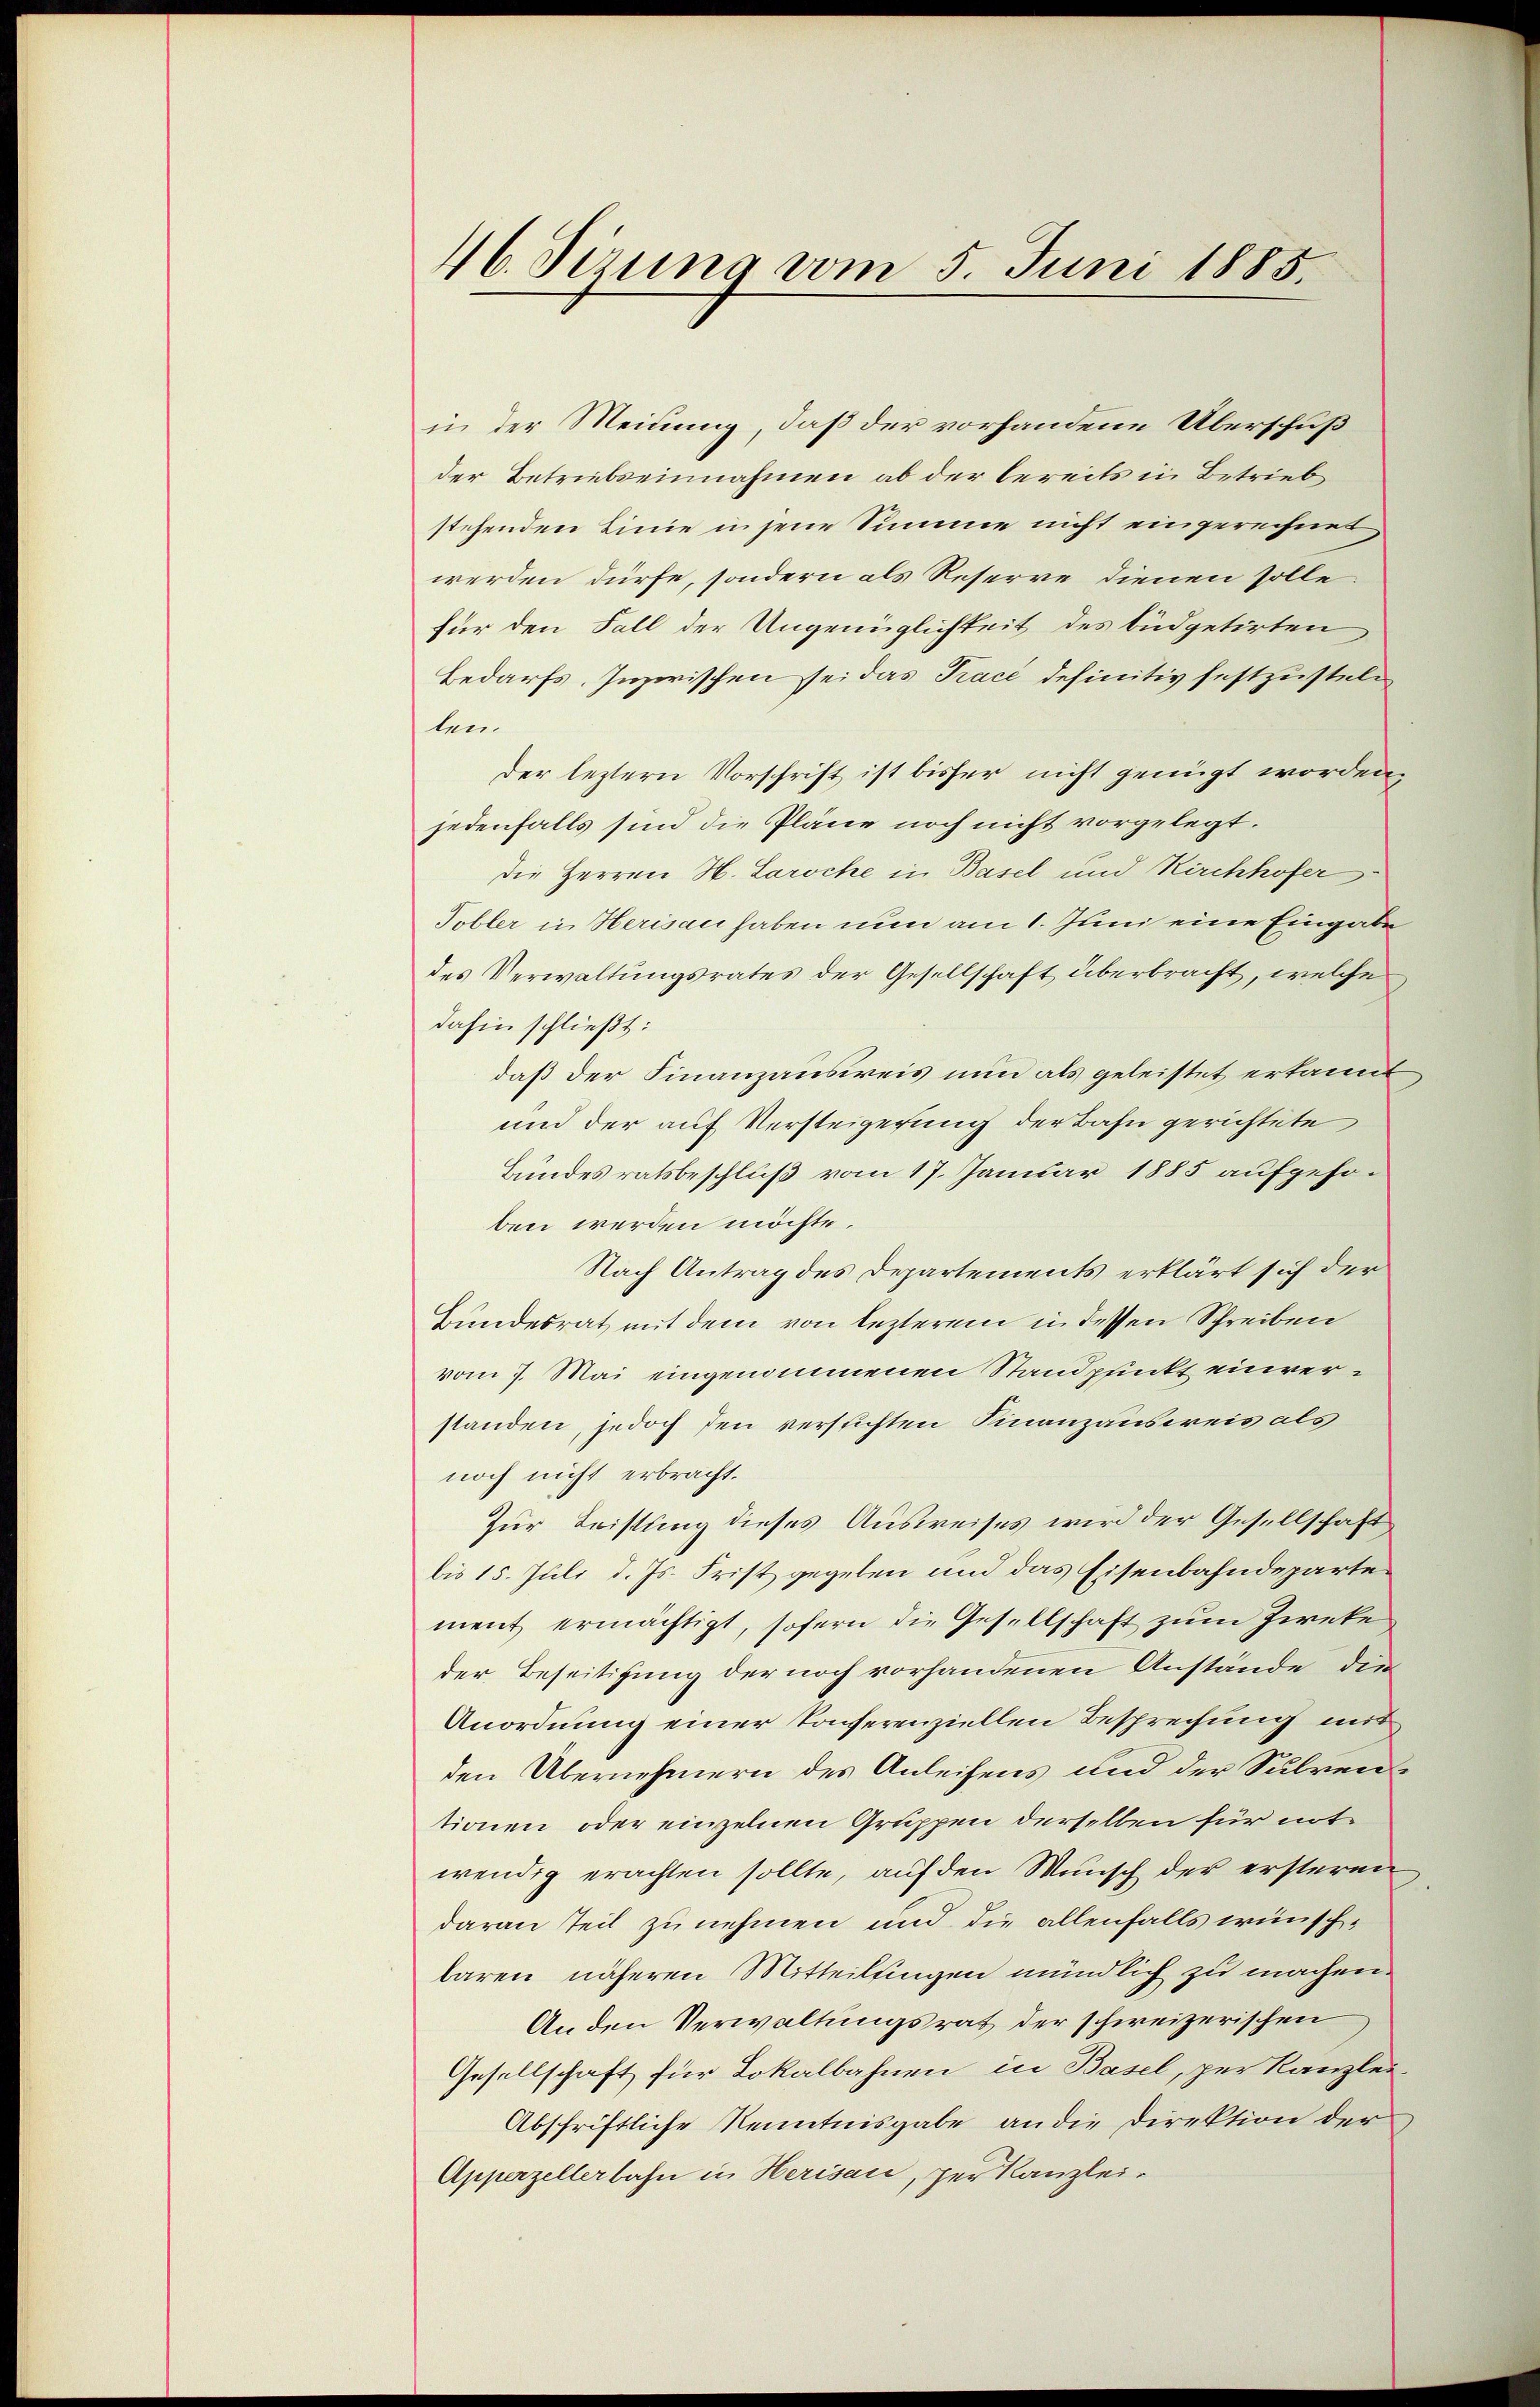
46. Sirung vom 5. Juni 1885.

in der Meinung, daß der vorhandene Überschuß
der Betriebseinnahmen ab der bereits in Betrieb
stehenden Linie in jene Summe nicht eingerechnet
werden dürfe, sondern als Reserve dienen solle
für den Fall der Ungenüglichkeit des büdgetirten
Bedarfs. Inzwischen sei das Tracé definitiv festzustelten.
der leztern Vorschrift ist bisher nicht genügt worden,
jedenfalls sind die Pläne noch nicht vorgelegt.
die Herren H. Laroche in Basel und Kirchhofer
Tobler in Herisau haben nun am 1. Juni eine Eingabe
des Verwaltungsrates der Gesellschaft überbracht, welche
dahin schließt:
daß der Finanzausweis nun als geleistet erkannt
und der auf Versteigerung der Bahn gerichtete
Bundesratsbeschluß vom 17. Januar 1885 aufgehoben werden möchte.
Nach Antrag des Departements erklärt sich der
Bundesrat mit dem von lezterem in dessen Schreiben
vom 7. Mai eingenommenen Standpunkt einverstanden, jedoch den versichten Finanzausweis als
noch nicht erbracht.
Zur Leistung dieses Ausweises wird der Gesellschaft
bis 15. Juli d. Js. Frist gegeben und das Eisenbahndeparte
ment ermächtigt, sofern die Gesellschaft zum Zieke
der Beseitigung der noch vorhandenen Anstände die
Anordnung einer Konserenziellen Besprechung mit
den Übernehmern des Anleihens und der Subventionen oder einzelnen Gruppen derselben für notwendig erachten sollte, auf den Wunsch der ersteren
daran teil zu nehmen und die allenfalls wünschbaren näheren Mitteilungen mündlich zu machen.
Anden Verwaltungsrat der schweizerischen
Gesellschaft für Lokalbahnen in Basel, per Kanzlei-
Abschriftliche Kenntnisgabe an die Direktion der
Apperzellerbahn in Herisau, per Kanzlei-